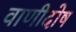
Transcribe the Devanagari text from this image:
वाणीदोष